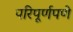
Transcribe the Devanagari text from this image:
परिपूर्णपणे